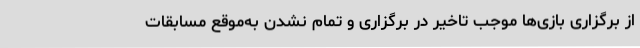
از برگزاری بازی‌ها موجب تاخیر در برگزاری و تمام نشدن به‌موقع مسابقات